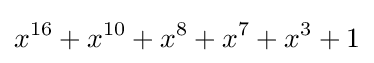
x^{16}+x^{10}+x^{8}+x^{7}+x^{3}+1